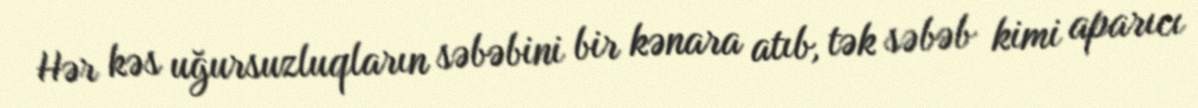
Hər kəs uğursuzluqların səbəbini bir kənara atıb, tək səbəb kimi aparıcı